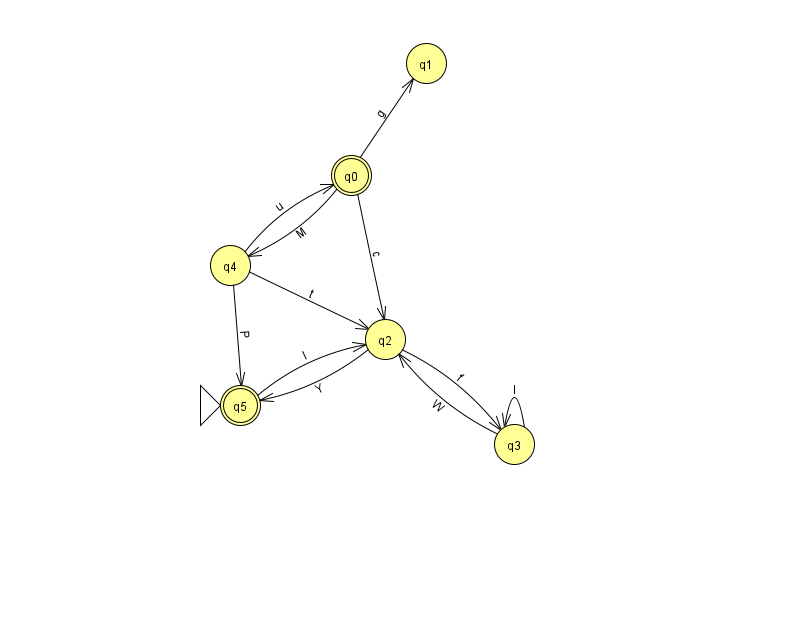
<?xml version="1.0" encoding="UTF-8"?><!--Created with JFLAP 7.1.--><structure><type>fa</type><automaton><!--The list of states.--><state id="0" name="q0"><x>351.0</x><y>162.0</y><final/></state><state id="1" name="q1"><x>426.0</x><y>50.0</y></state><state id="2" name="q2"><x>385.0</x><y>326.0</y></state><state id="3" name="q3"><x>514.0</x><y>431.0</y></state><state id="4" name="q4"><x>230.0</x><y>252.0</y></state><state id="5" name="q5"><x>240.0</x><y>392.0</y><initial/><final/></state><!--The list of transitions.--><transition><from>0</from><to>4</to><read>M</read></transition><transition><from>4</from><to>2</to><read>t</read></transition><transition><from>0</from><to>1</to><read>g</read></transition><transition><from>4</from><to>5</to><read>P</read></transition><transition><from>2</from><to>3</to><read>f</read></transition><transition><from>3</from><to>2</to><read>W</read></transition><transition><from>0</from><to>2</to><read>c</read></transition><transition><from>2</from><to>5</to><read>Y</read></transition><transition><from>4</from><to>0</to><read>u</read></transition><transition><from>3</from><to>3</to><read>l</read></transition><transition><from>5</from><to>2</to><read>l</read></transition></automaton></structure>